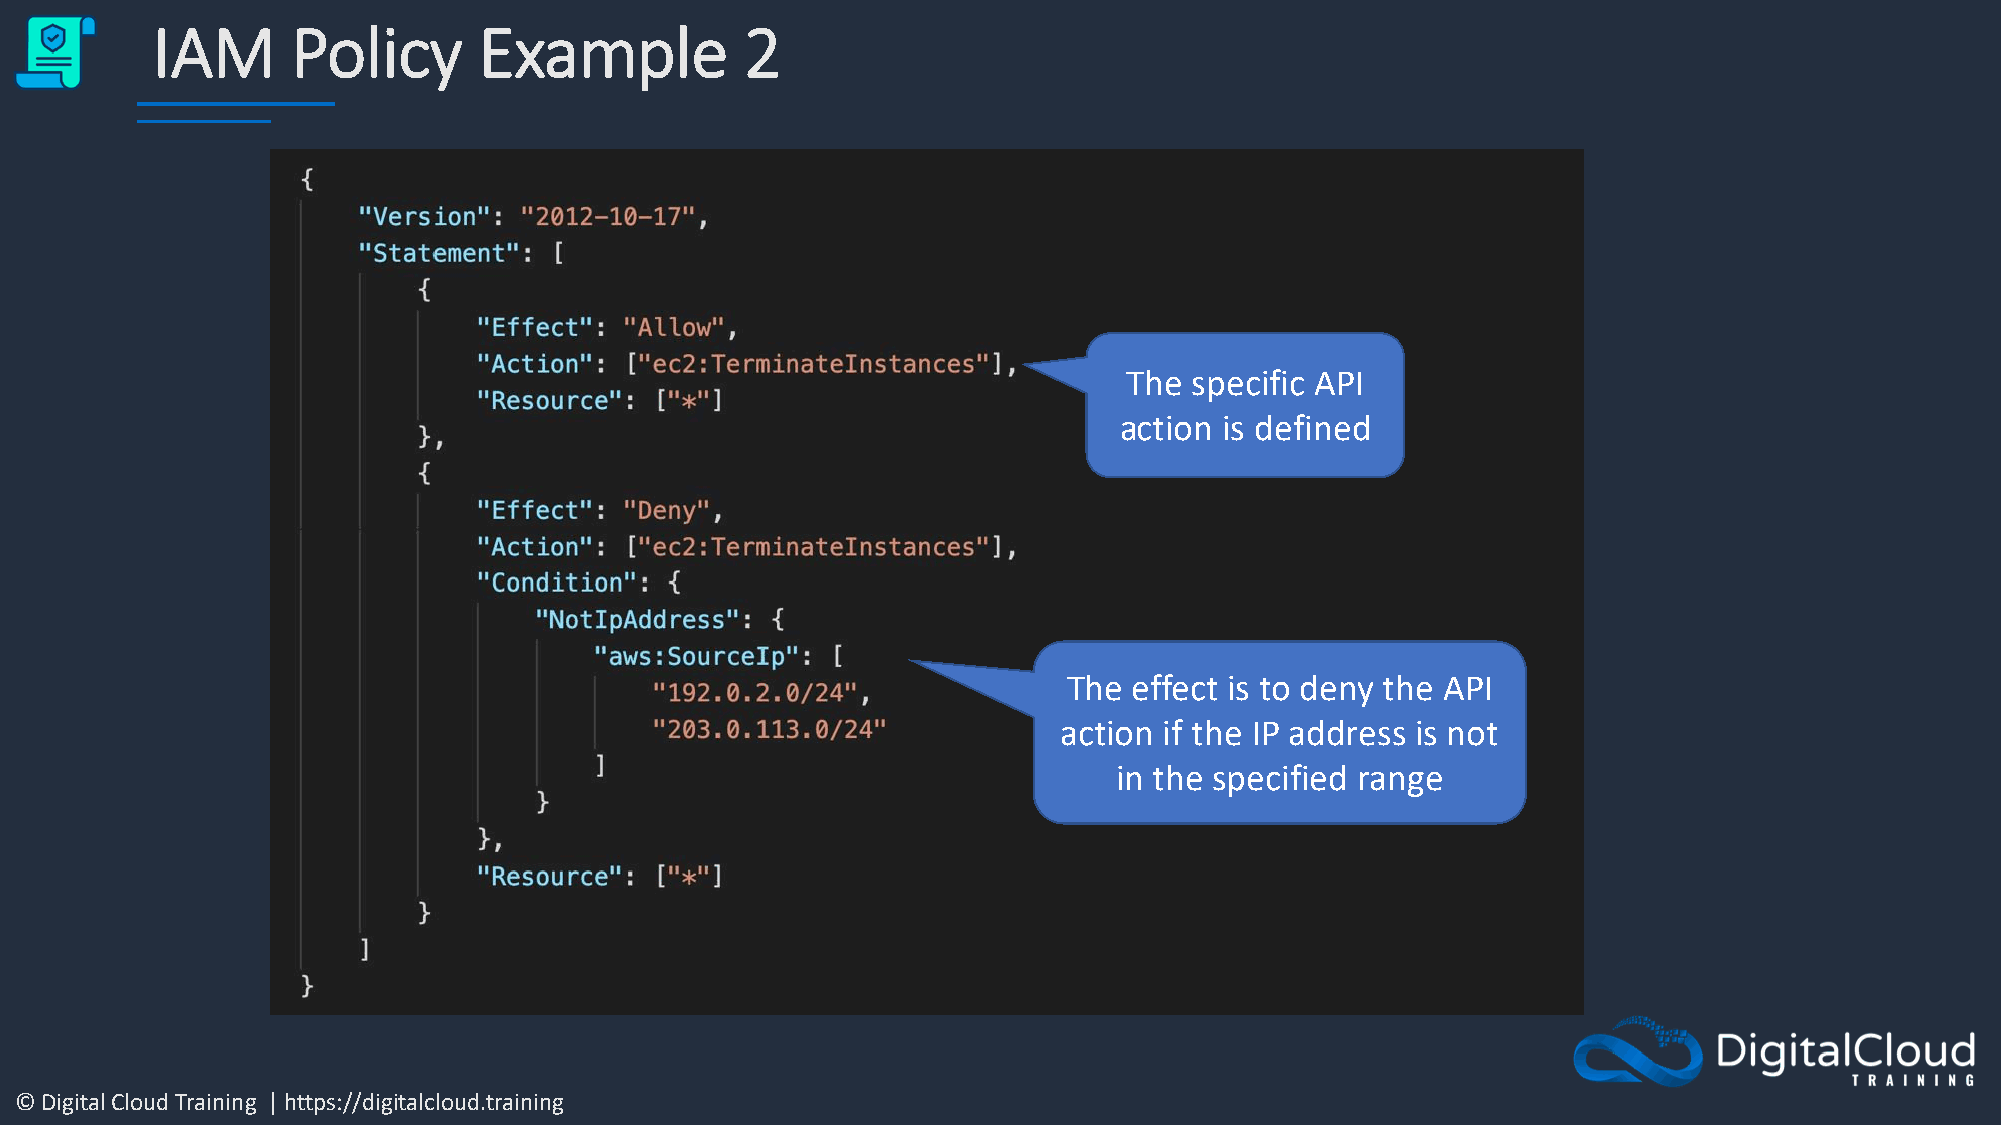
IAM      Policy       Example          2
 The specific API
 action is defined
 The effect is to deny the API
 action if the IP address is not
 in the specified range
 © Digital Cloud Training | https://digitalcloud.training